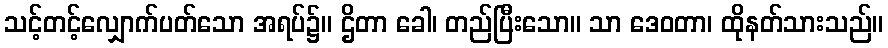
သင့်တင့်လျှောက်ပတ်သော အရပ်၌။ ဌိတာ ခေါ၊ တည်ပြီးသော။ သာ ဒေဝတာ၊ ထိုနတ်သားသည်။